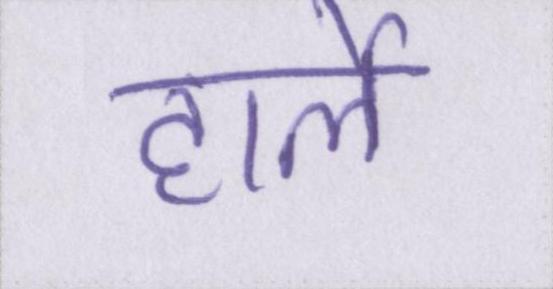
हार्ले